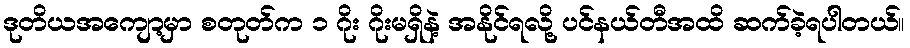
ဒုတိယအကျော့မှာ စတုတ်က ၁ ဂိုး ဂိုးမရှိနဲ့ အနိုင်ရလို့ ပင်နယ်တီအထိ ဆက်ခဲ့ရပါတယ်။